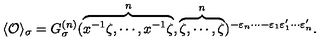
\langle { \cal O } \rangle _ { \sigma } = G _ { \sigma } ^ { ( n ) } ( \overbrace { x ^ { - 1 } \zeta , \cdots , x ^ { - 1 } \zeta } ^ { n } , \overbrace { \zeta , \cdots , \zeta } ^ { n } ) ^ { - \varepsilon _ { n } \cdots - \varepsilon _ { 1 } \varepsilon _ { 1 } ^ { \prime } \cdots \varepsilon _ { n } ^ { \prime } } .